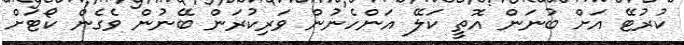
ކުރުޓޭ އަށް ބުނަން އޮތީ ކަލޭ އަންހެނުން ވަރިކުރަން ބޭނުން ވެގެން ކޯޓަށް